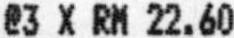
@3 X RM 22.60